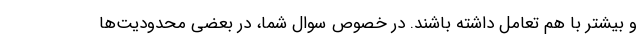
و بیشتر با هم تعامل داشته باشند. در خصوص سوال شما، در بعضی محدودیت‌ها